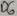
Text: D6